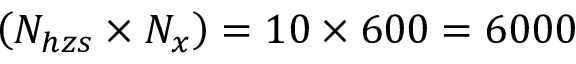
\left( N _ { h z s } \times N _ { x } \right) = 1 0 \times 6 0 0 = 6 0 0 0